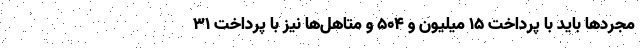
مجردها باید با پرداخت ۱۵ میلیون و ۵۰۴ و متاهل‌ها نیز با پرداخت ۳۱